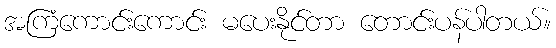
အကြံကောင်းကောင်း မပေးနိုင်တာ တောင်းပန်ပါတယ်။